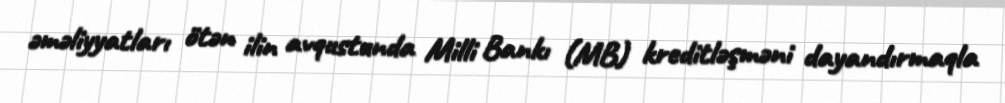
əməliyyatları ötən ilin avqustunda Milli Bankı (MB) kreditləşməni dayandırmaqla